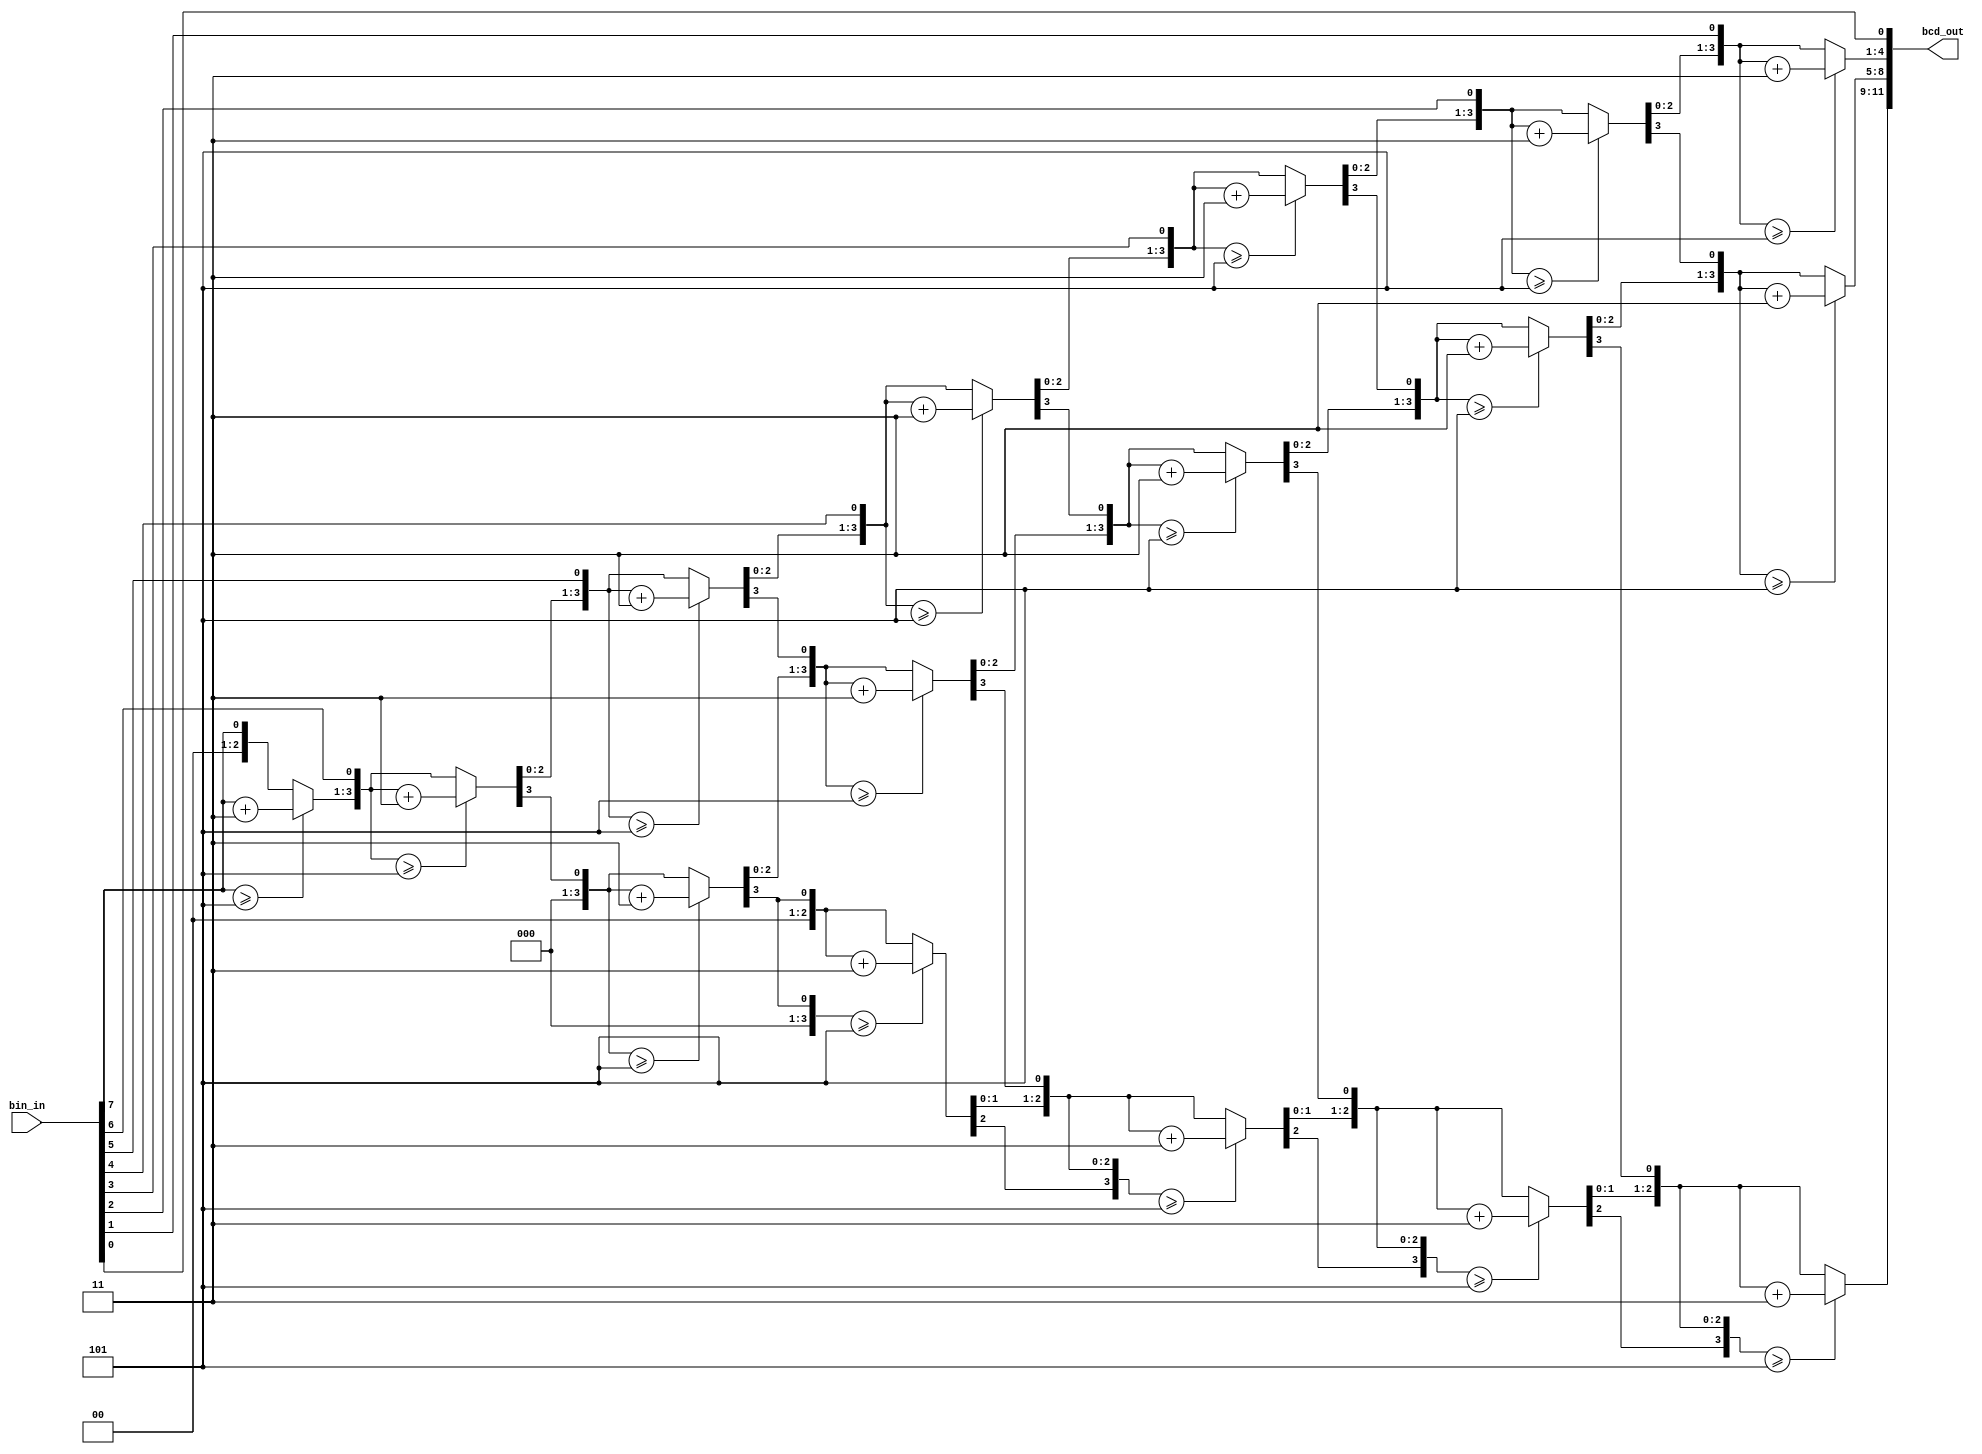
module binary_bcd
(
	input	[7:0]	bin_in  ,
	output	[11:0]	bcd_out
);
	
reg     [3:0]   ones        ;
reg     [3:0]   tens        ;
reg     [3:0]   hundreds    ;
//reg     [3:0]   thousands   ;  
//reg     [3:0]   t_thousands ;
//reg     [3:0]   h_thousands ;
//reg     [3:0]   millions    ;
//reg     [3:0]   t_millions  ;
integer i;
 
always @(*) begin
	ones 		= 4'd0;//
	tens 		= 4'd0;//
	hundreds 	= 4'd0;//
	//thousands   = 4'd0;//
	//t_thousands = 4'd0;//
	//h_thousands = 4'd0;//
	//millions    = 4'd0;//
	//t_millions  = 4'd0;//

for(i = 7; i >= 0; i = i - 1) 
    begin
    	if (ones >= 4'd5) 		    ones        = ones + 4'd3;
    	if (tens >= 4'd5) 		    tens        = tens + 4'd3;
    	if (hundreds >= 4'd5)	    hundreds    = hundreds + 4'd3;
        //if (thousands >= 4'd5)	    thousands   = thousands + 4'd3;
    	//if (t_thousands >= 4'd5)	t_thousands = t_thousands + 4'd3;
    	//if (h_thousands >= 4'd5)	h_thousands = h_thousands + 4'd3;
    	//if (millions >= 4'd5)	    millions    = millions + 4'd3;
    	//if (t_millions >= 4'd5)	    t_millions  = t_millions + 4'd3;

    	//t_millions   = {t_millions[2:0], millions[3]};
        //millions	 = {millions[2:0], h_thousands[3]};
    	//h_thousands	 = {h_thousands[2:0], t_thousands[3]};
    	//t_thousands	 = {t_thousands[2:0], thousands[3]};
    	//thousands	 = {thousands[2:0], hundreds[3]};
    	hundreds	 = {hundreds[2:0], tens[3]};
    	tens	     = {tens[2:0], ones[3]};
    	ones	     = {ones[2:0], bin_in[i]};
    end
end	

//assign bcd_out = {t_millions,millions,h_thousands,t_thousands,thousands,hundreds,tens,ones};
assign bcd_out = {hundreds,tens,ones};

endmodule